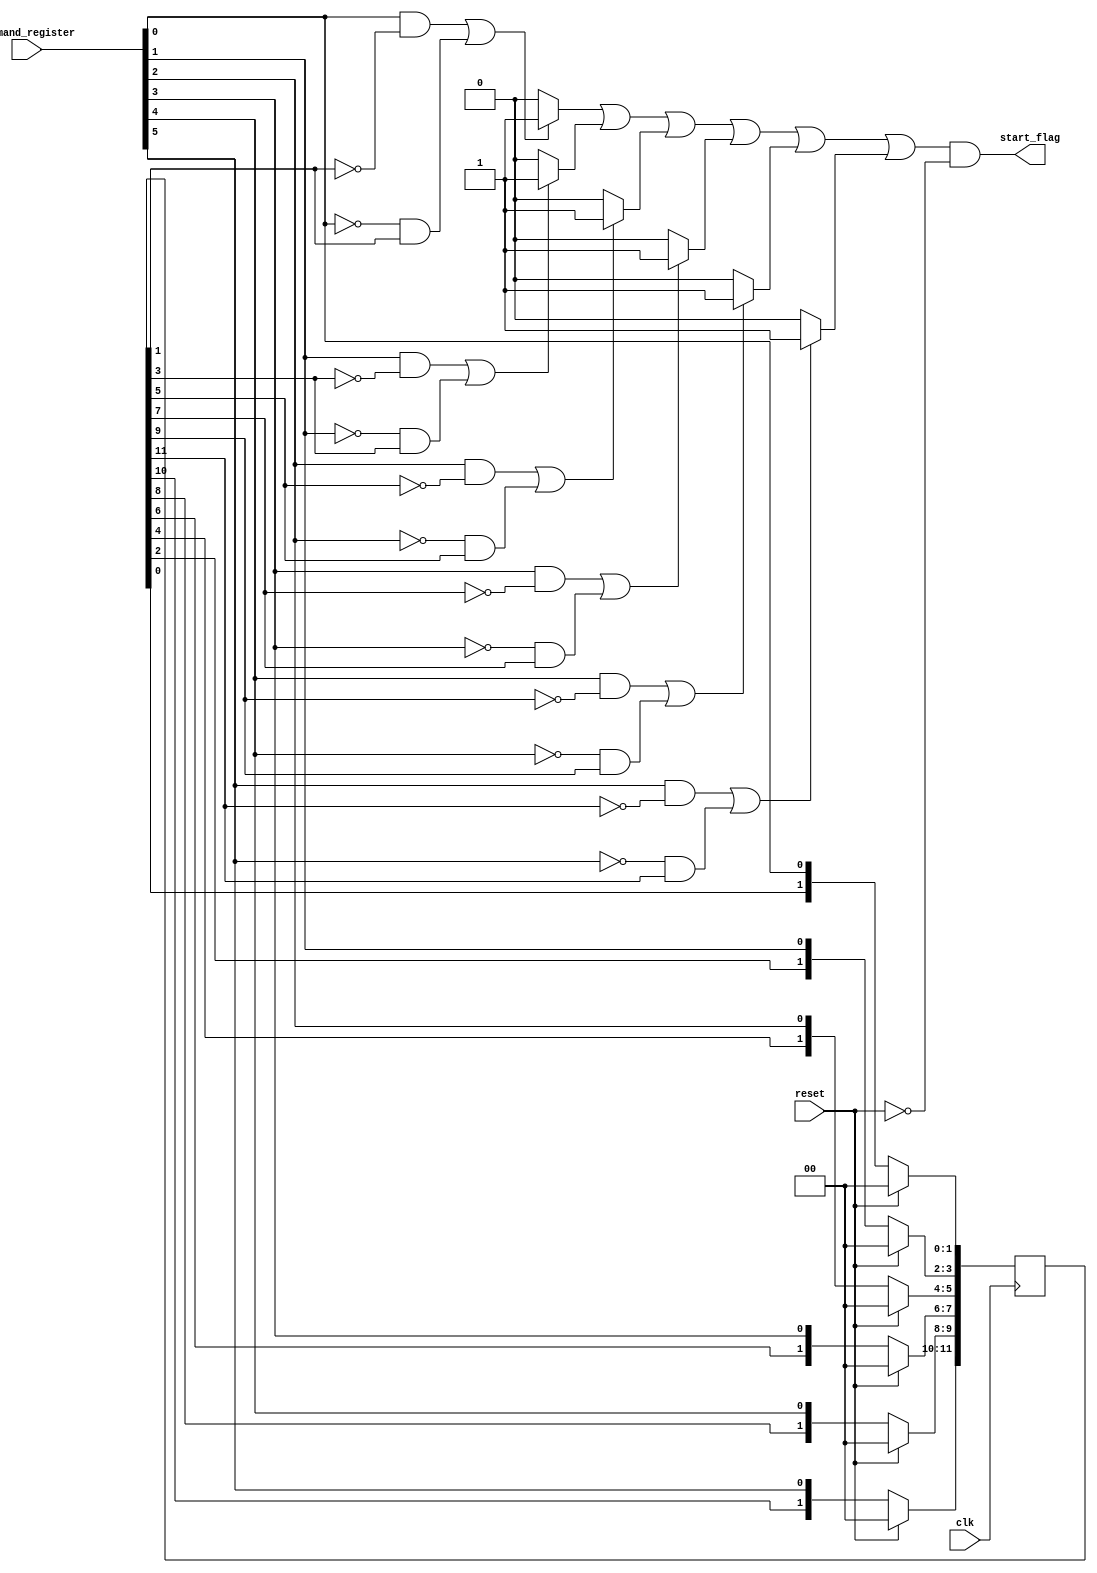
module start_detect(input clk,
		    input 	      reset,
		    input [5:0] command_register,
		    output 	      start_flag);
   wire [5:0] 			      curr;
   wire 				      start_flag;
   
   reg [11:0] 			      last;
   wire [5:0] 			      ch;
   assign curr=command_register;
   
   assign ch[0]=((curr[0] & ~last[1])|(~curr[0] & last[1]))? 1 : 0;
   assign ch[1]=((curr[1] & ~last[3])|(~curr[1] & last[3]))? 1 : 0;
   assign ch[2]=((curr[2] & ~last[5])|(~curr[2] & last[5]))? 1 : 0;
   assign ch[3]=((curr[3] & ~last[7])|(~curr[3] & last[7]))? 1 : 0;
   assign ch[4]=((curr[4] & ~last[9])|(~curr[4] & last[9]))? 1 : 0;
   assign ch[5]=((curr[5] & ~last[11])|(~curr[5] & last[11]))? 1 : 0;
   
   assign start_flag=(ch[0]|ch[1]|ch[2]|ch[3]|ch[4]|ch[5])&~reset;
   
   always @(posedge clk) begin
      if (reset==1) begin
	 last<=0;
	 
      end
      else begin
	 last[1:0]={last[0], curr[0]};
	 last[3:2]={last[2], curr[1]};
	 last[5:4]={last[4], curr[2]};
	 last[7:6]={last[6], curr[3]};
	 last[9:8]={last[8], curr[4]};
	 last[11:10]={last[10], curr[5]};
      end
   end


endmodule